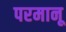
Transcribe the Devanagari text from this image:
परमानू